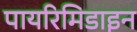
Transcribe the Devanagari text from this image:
पायरिमिडाइन